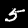
Digit: 5